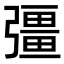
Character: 彊